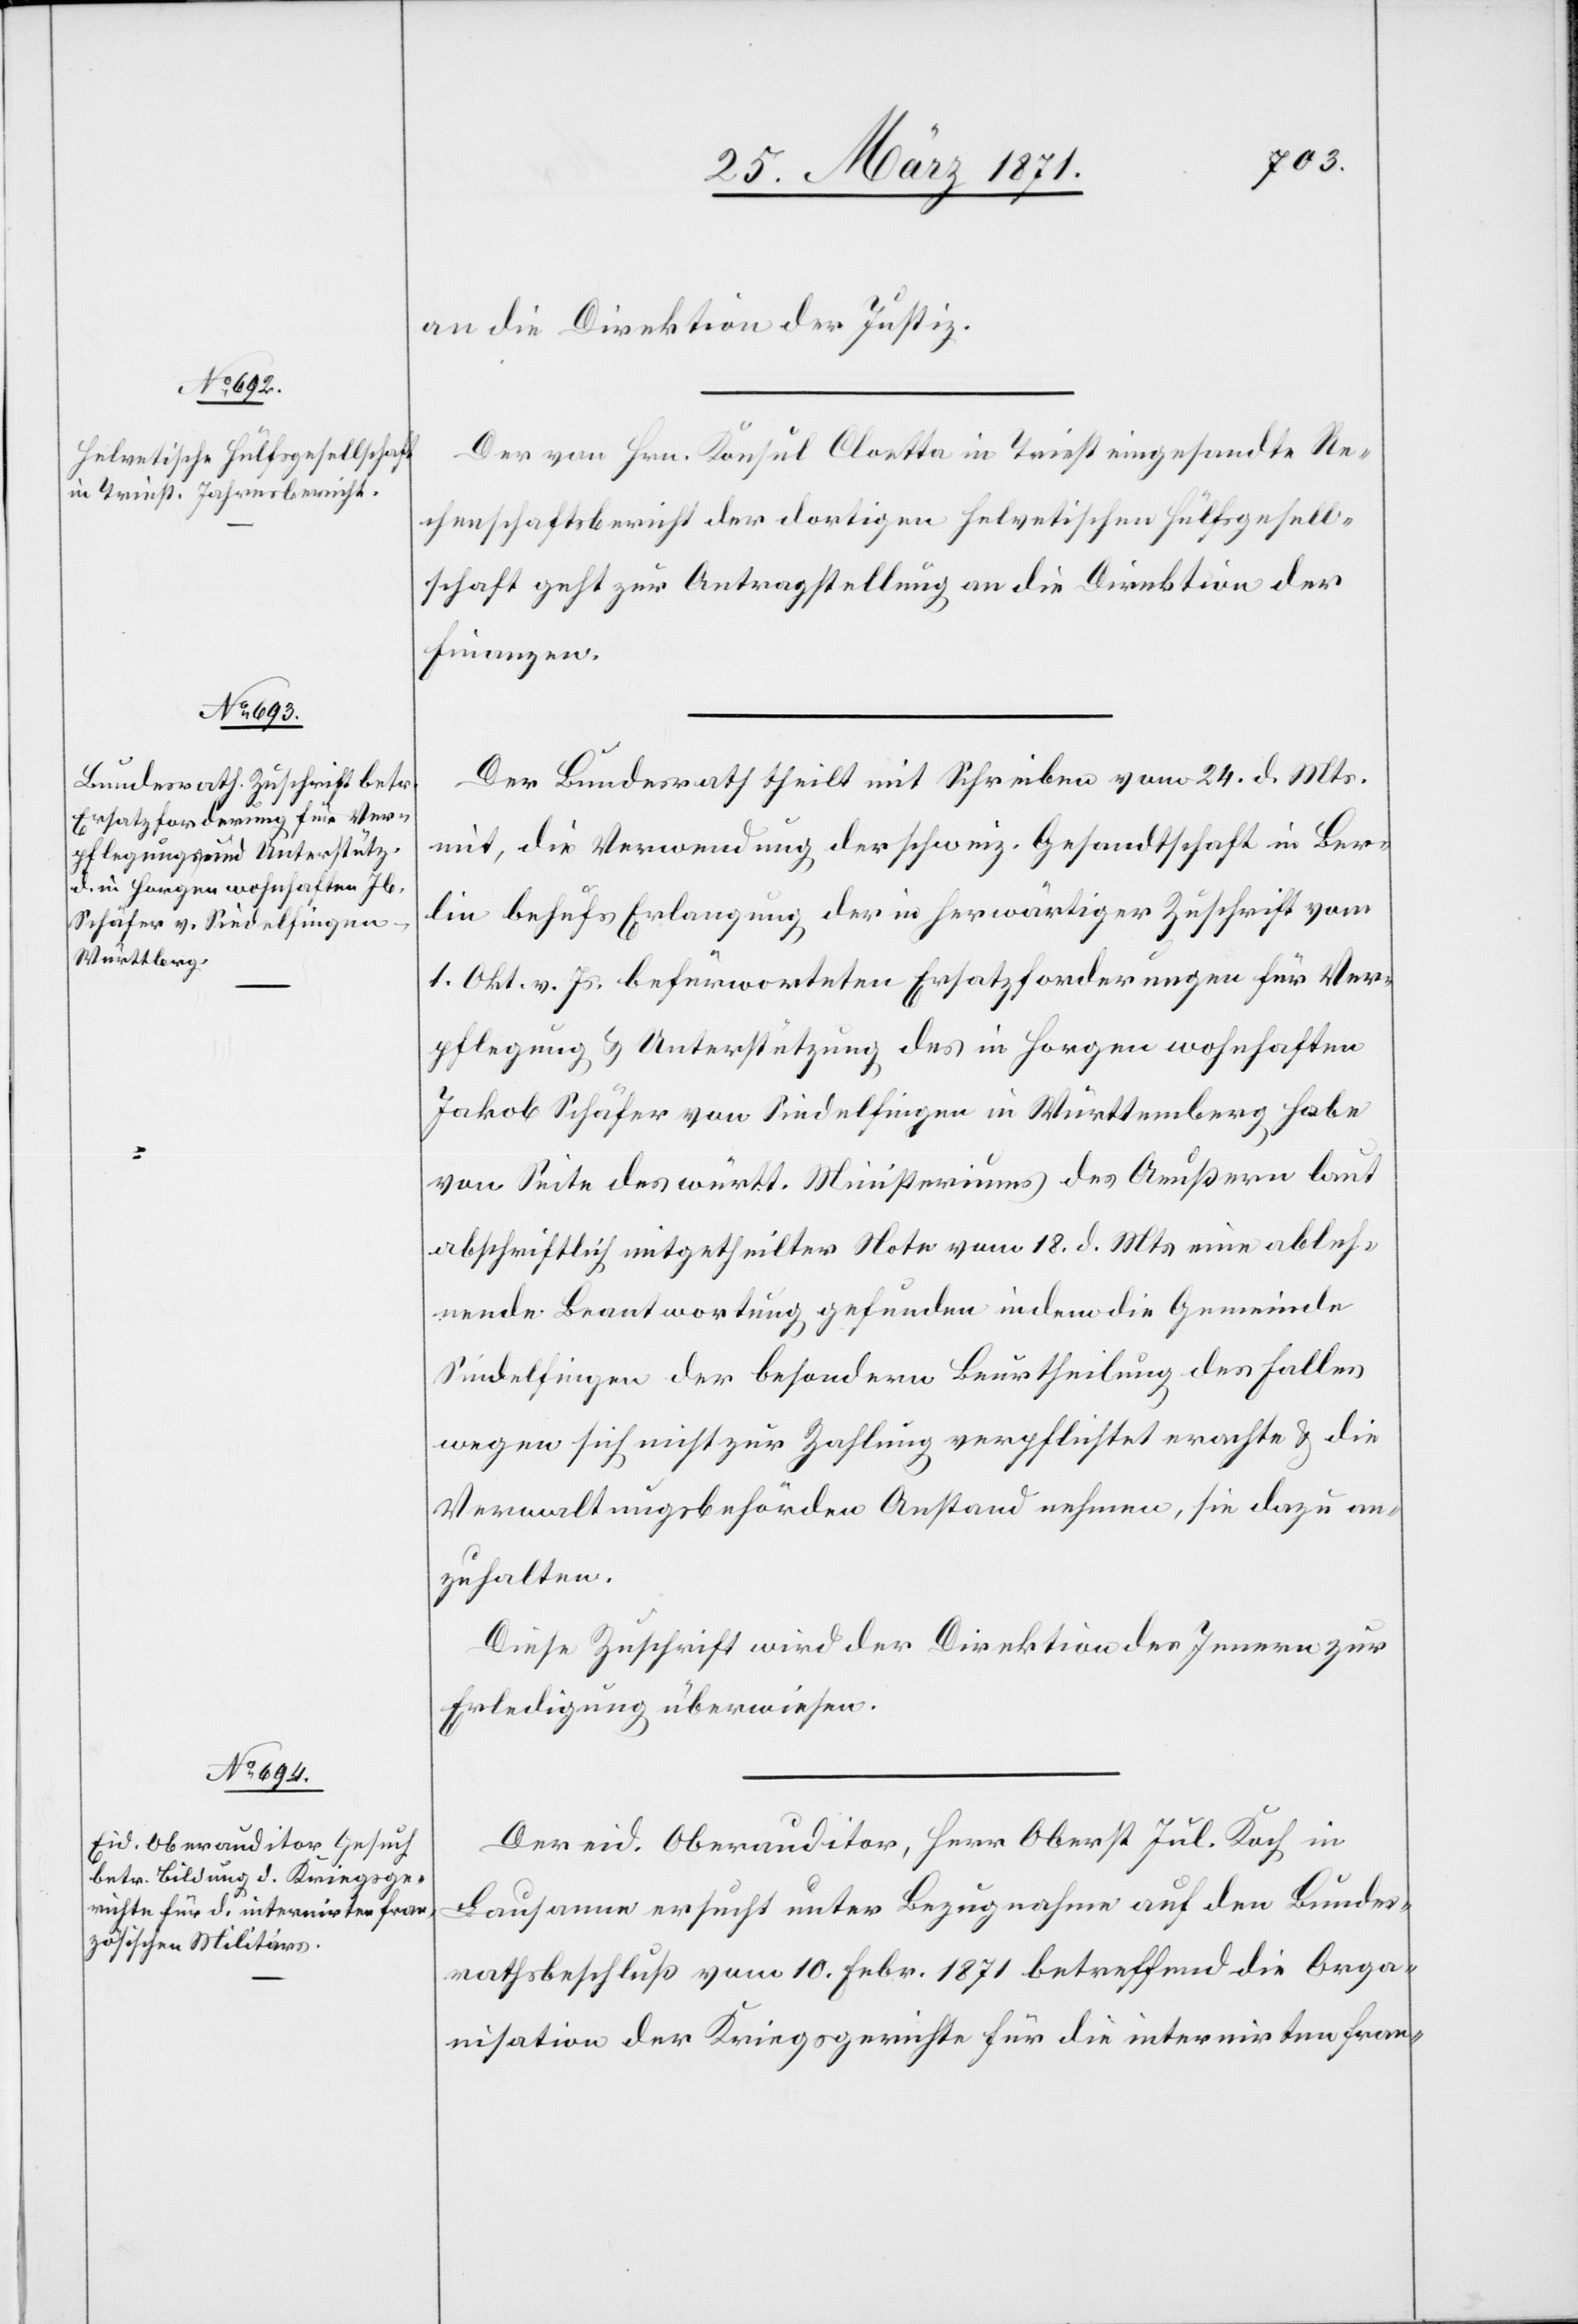
28. März 1871.]
an die Direktion der Justiz.
Der von Hrn. Konsul Cloetta in Triest eingesandte Re¬
chenschaftsbericht der dortigen helvetischen Hülfsgesell¬
schaft geht zur Antragstellung an die Direktion der
Finanzen.
Der Bundesrath theilt mit Schreiben vom 24. d. Mts.
mit, die Verwendung der schweiz. Gesandtschaft in Ber¬
lin behufs Erlangung der in herwärtiger Zuschrift vom
1. Okt. v. Js. befürworteten Ersatzforderungen für Ver¬
pflegung u. Unterstützung des in Horgen wohnhaften
Jakob Schäfer von Sindelfingen in Württemberg habe
von Seite des württ. Ministeriums des Aeußern laut
abschriftlich mitgetheilter Note vom 18. d. Mts. eine ableh¬
nende Beantwortung gefunden indem die Gemeinde
Sindelfingen der besondern Beurtheilung des Falles
wegen sich nicht zur Zahlung verpflichtet erachte u. die
Verwaltungsbehörden Anstand nehmen, sie dazu an¬
zuhalten.
Diese Zuschrift wird der Direktion des Innern zur
Erledigung überwiesen.
Der eid. Oberauditor, Herr Oberst Jul. Koch in
Lausanne ersucht unter Bezugnahme auf den Bundes¬
rathsbeschluß vom 10. Febr. 1871 betreffend die Orga¬
nisation der Kriegsgerichte für die internirten fran-